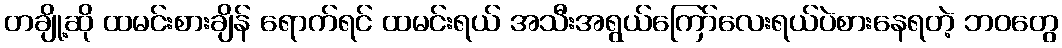
တချို့ဆို ထမင်းစားချိန် ရောက်ရင် ထမင်းရယ် အသီးအရွယ်ကြော်လေးရယ်ပဲစားနေရတဲ့ ဘဝတွေ